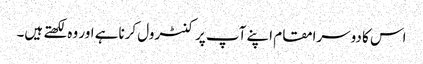
اس کا دوسرامقام اپنے آپ پر کنٹرول کرناہے اور وہ لکھتے ہیں۔